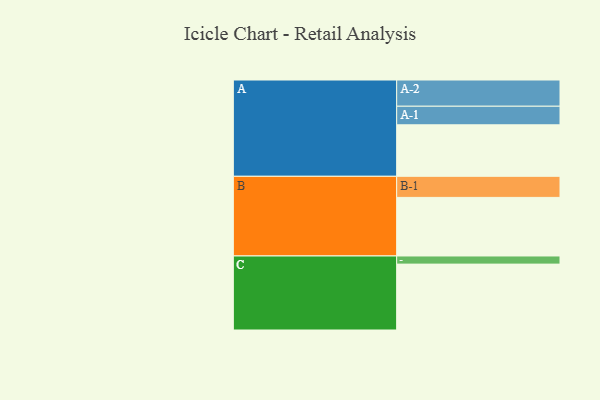
{"axis": {"x": "Segment", "y": "Value"}, "legend": ["", "A", "B", "C"], "data": [{"x": "A", "y": 430, "type": ""}, {"x": "B", "y": 489, "type": ""}, {"x": "C", "y": 550, "type": ""}, {"x": "A-1", "y": 155, "type": "A"}, {"x": "A-2", "y": 219, "type": "A"}, {"x": "B-1", "y": 176, "type": "B"}, {"x": "C-1", "y": 68, "type": "C"}]}